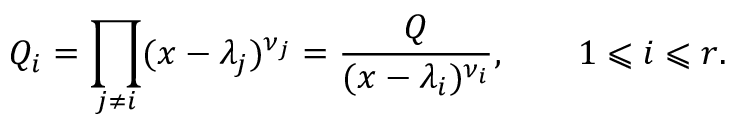
Q _ { i } = \prod _ { j \neq i } ( x - \lambda _ { j } ) ^ { \nu _ { j } } = { \frac { Q } { ( x - \lambda _ { i } ) ^ { \nu _ { i } } } } , \qquad 1 \leqslant i \leqslant r .